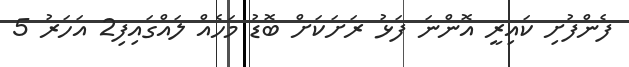
ފެންފުށި ކައިރީ އޮންނަ ފަޅު ރަށަކަށް ބޮޑު މަހެއް ލައްގައިފި2 އަހަރު 5